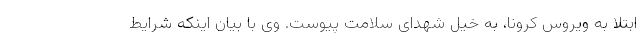
ابتلا به ویروس کرونا، به خیل شهدای سلامت پیوست. وی با بیان اینکه شرایط